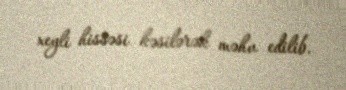
xeyli hissəsi kəsilərək məhv edilib.